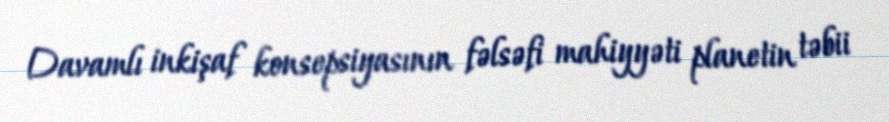
Davamlı inkişaf konsepsiyasının fəlsəfi mahiyyəti planetin təbii